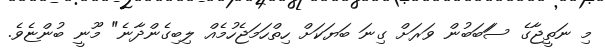
މި ނަތީޖާގެ ސަަބަބުން ވަރަށް ގިނަ ބަޔަކަށް ހިތްހަމަޖެހުމެއް ލިބިގެންދާނެ" މޫނީ ބުންޏެވެ.